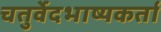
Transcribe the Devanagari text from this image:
चतुर्वेदभाष्यकर्ता